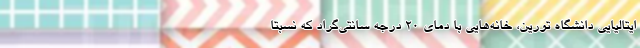
ایتالیایی دانشگاه تورین، خانه‌هایی با دمای ۲۰ درجه سانتی‌گراد که نسبتا